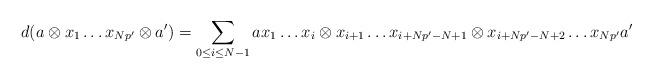
LaTeX: \begin{align*} d(a \otimes x_1 \ldots x_{Np'} \otimes a') = \sum_{0\leq i\leq N-1} ax_1\ldots x_i\otimes x_{i+1} \ldots x_{i+Np'-N+1}\otimes x_{i+Np'-N+2}\ldots x_{Np'}a'\end{align*}